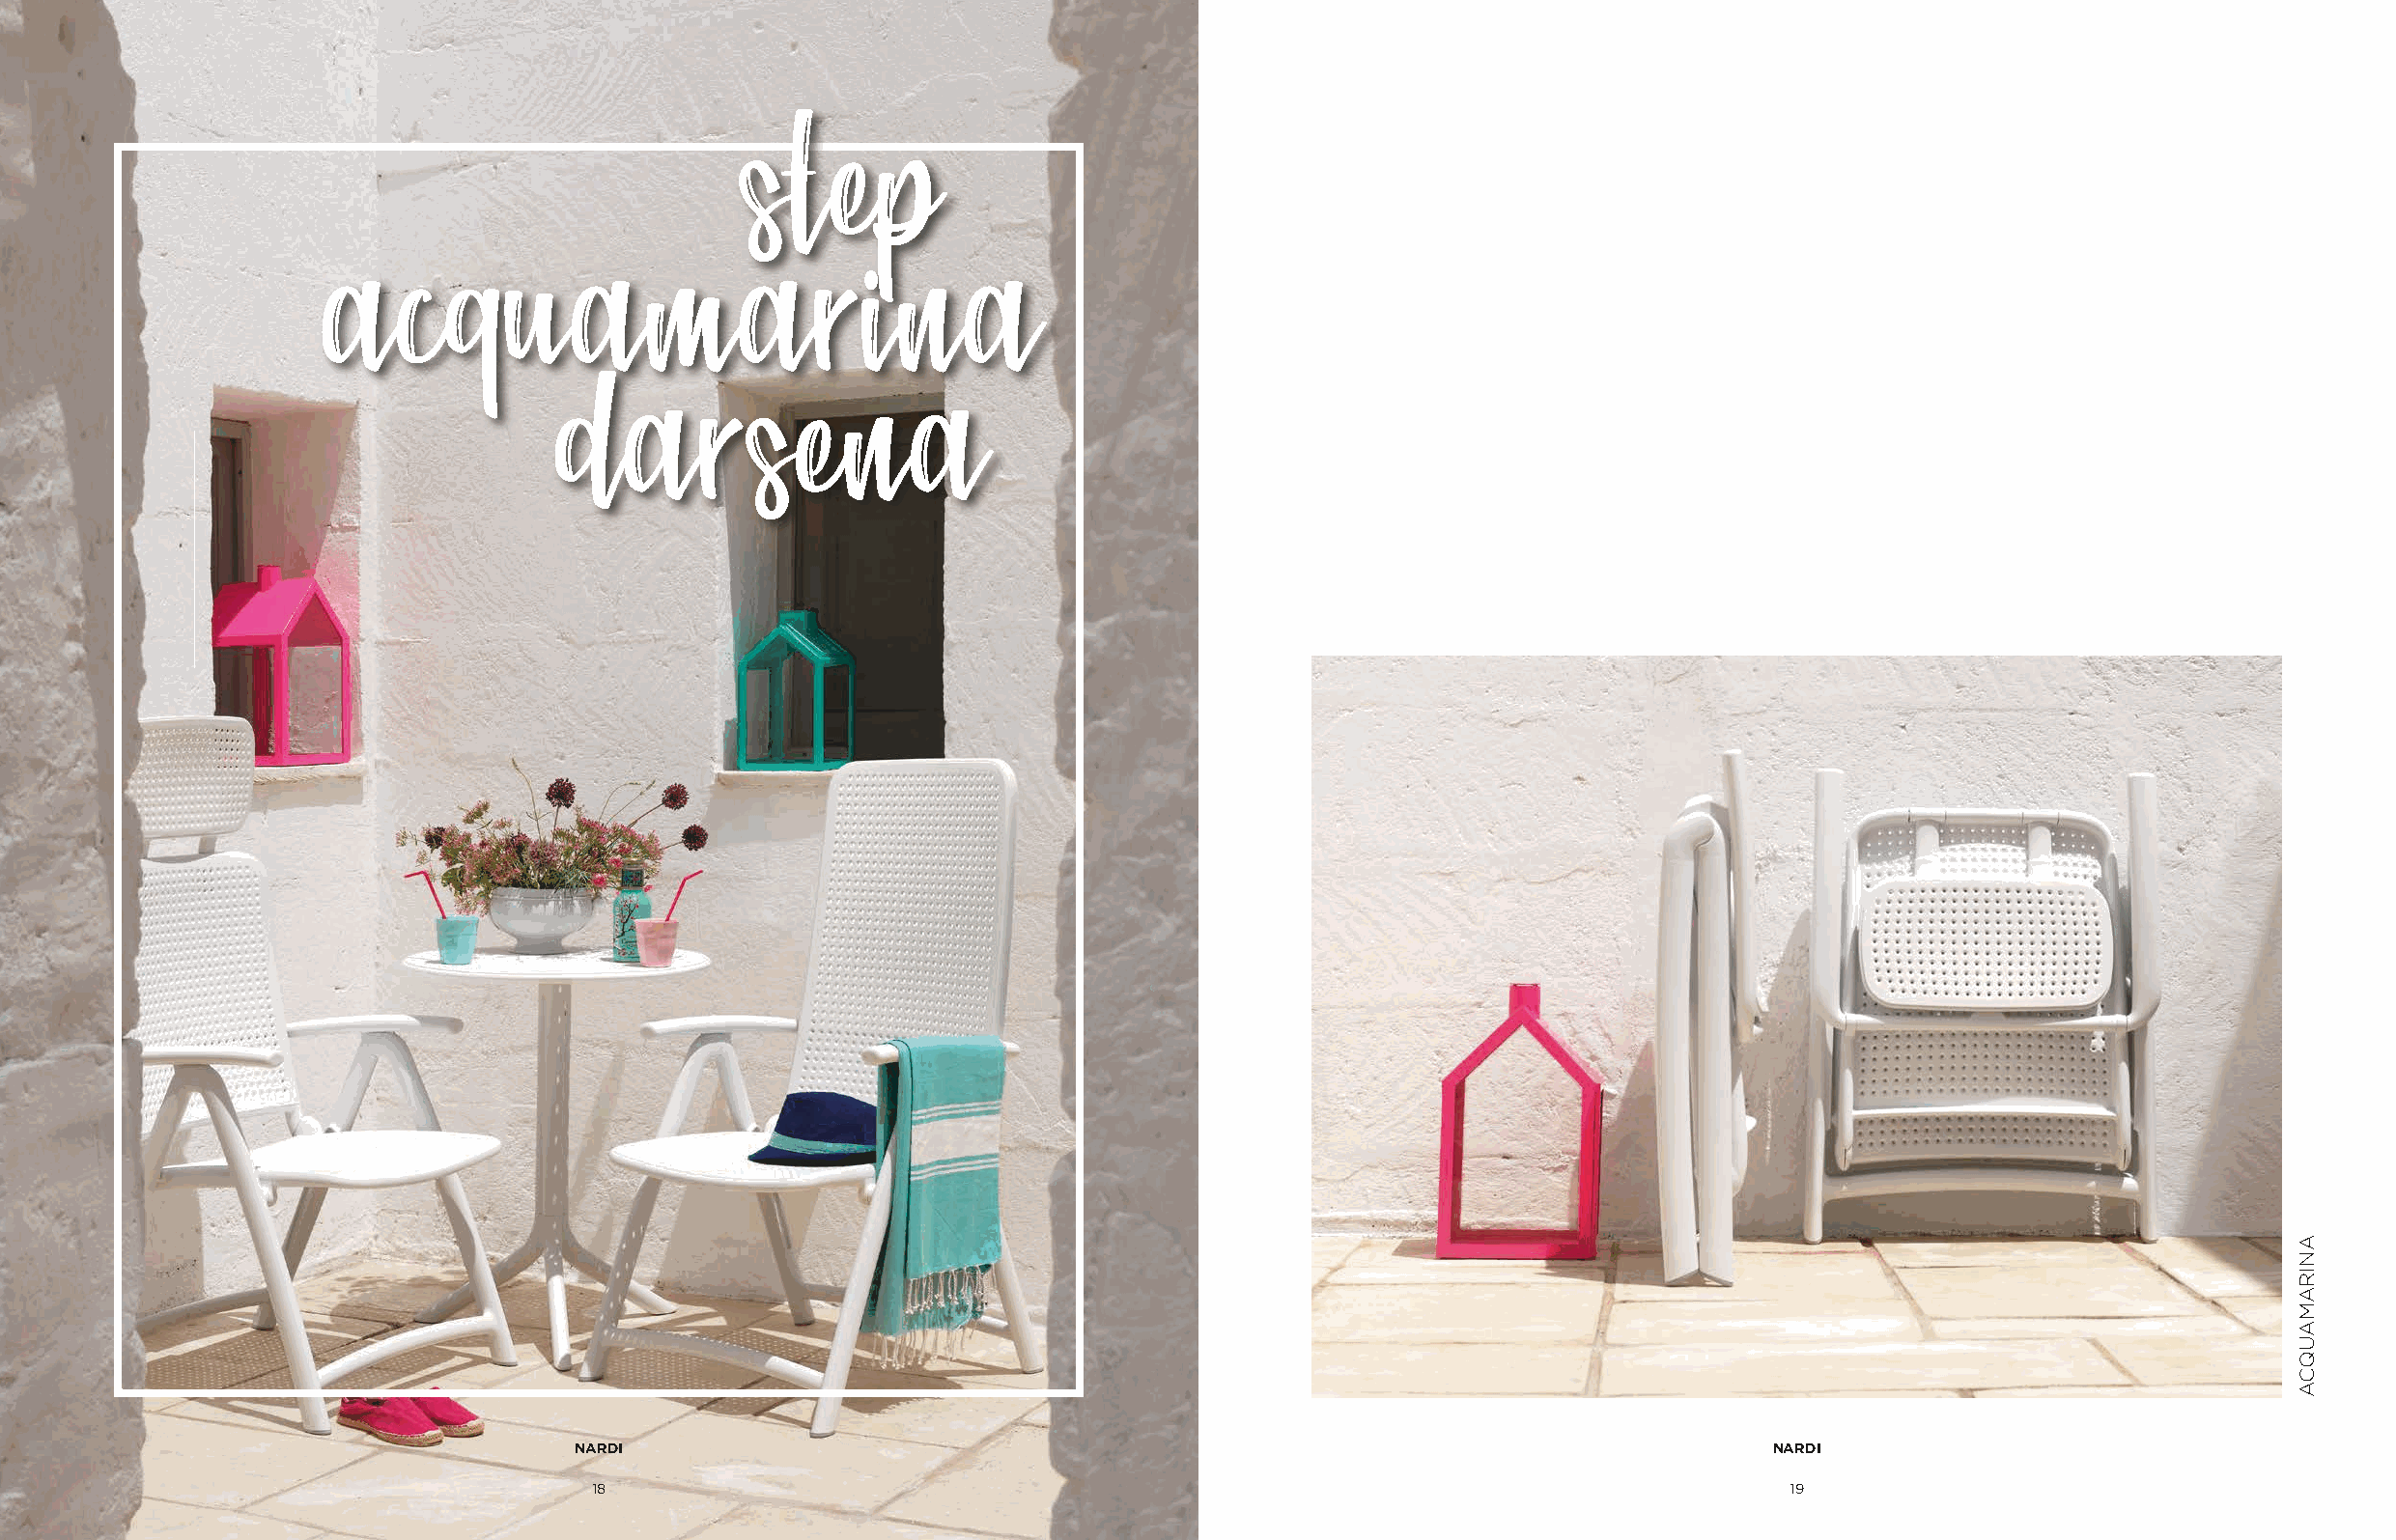
step
 acquamarina
 darsena
 NARDI                                                                              NARDI
 18                                                                                19
 ANIRAMAUQCA